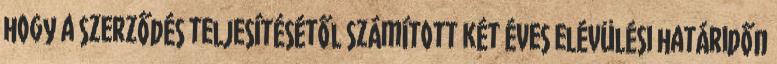
hogy a szerződés teljesítésétől számított két éves elévülési határidőn